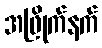
အဖြိုက်နက်